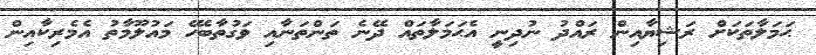
ޙަމަލާތަކަށް ރަޝިޔާއިން ރައްދު ނުދިނީ އެޙަމަލާތައް ދޭނެ ތަންތަނާއި ވަގުތާބެހޭ މައުލޫމާތު އެމެރިކާއިން